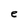
Character: e